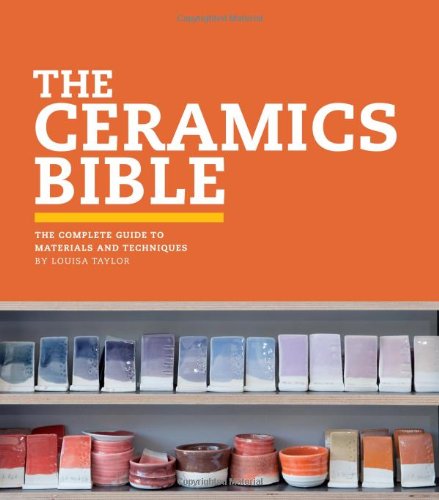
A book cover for The Ceramics Bible: The Complete Guide to Materials and Techniques; Louisa Taylor; Crafts, Hobbies & Home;